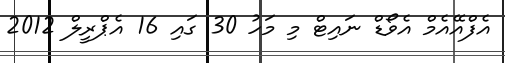
އެފްއޭއެމް އެވޯޑް ނައިޓް މި މަހު 30 ގައި 16 އެޕްރީލް 2012